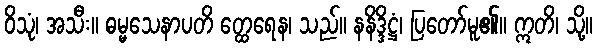
ဝိသုံ၊ အသီး။ ဓမ္မသေနာပတိ တ္ထေရေန၊ သည်။ နနိဒ္ဒိဋ္ဌံ၊ ပြတော်မူ၏။ ဣတိ၊ သို့။